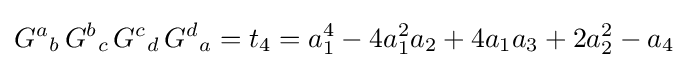
{G^{a}}_{b}\,{G^{b}}_{c}\,{G^{c}}_{d}\,{G^{d}}_{a}=t_{4}=a_{1}^{4}-4a_{1}^{2}a_{2}+4a_{1}a_{3}+2a_{2}^{2}-a_{4}